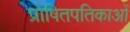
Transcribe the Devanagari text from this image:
प्रोषितपतिकाओं